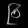
Digit: ၉